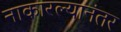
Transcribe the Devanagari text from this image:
नाकारल्यानंतर